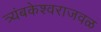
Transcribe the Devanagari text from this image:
त्र्यंबकेश्वराजवळ